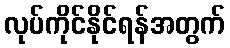
လုပ်ကိုင်နိုင်ရန်အတွက်